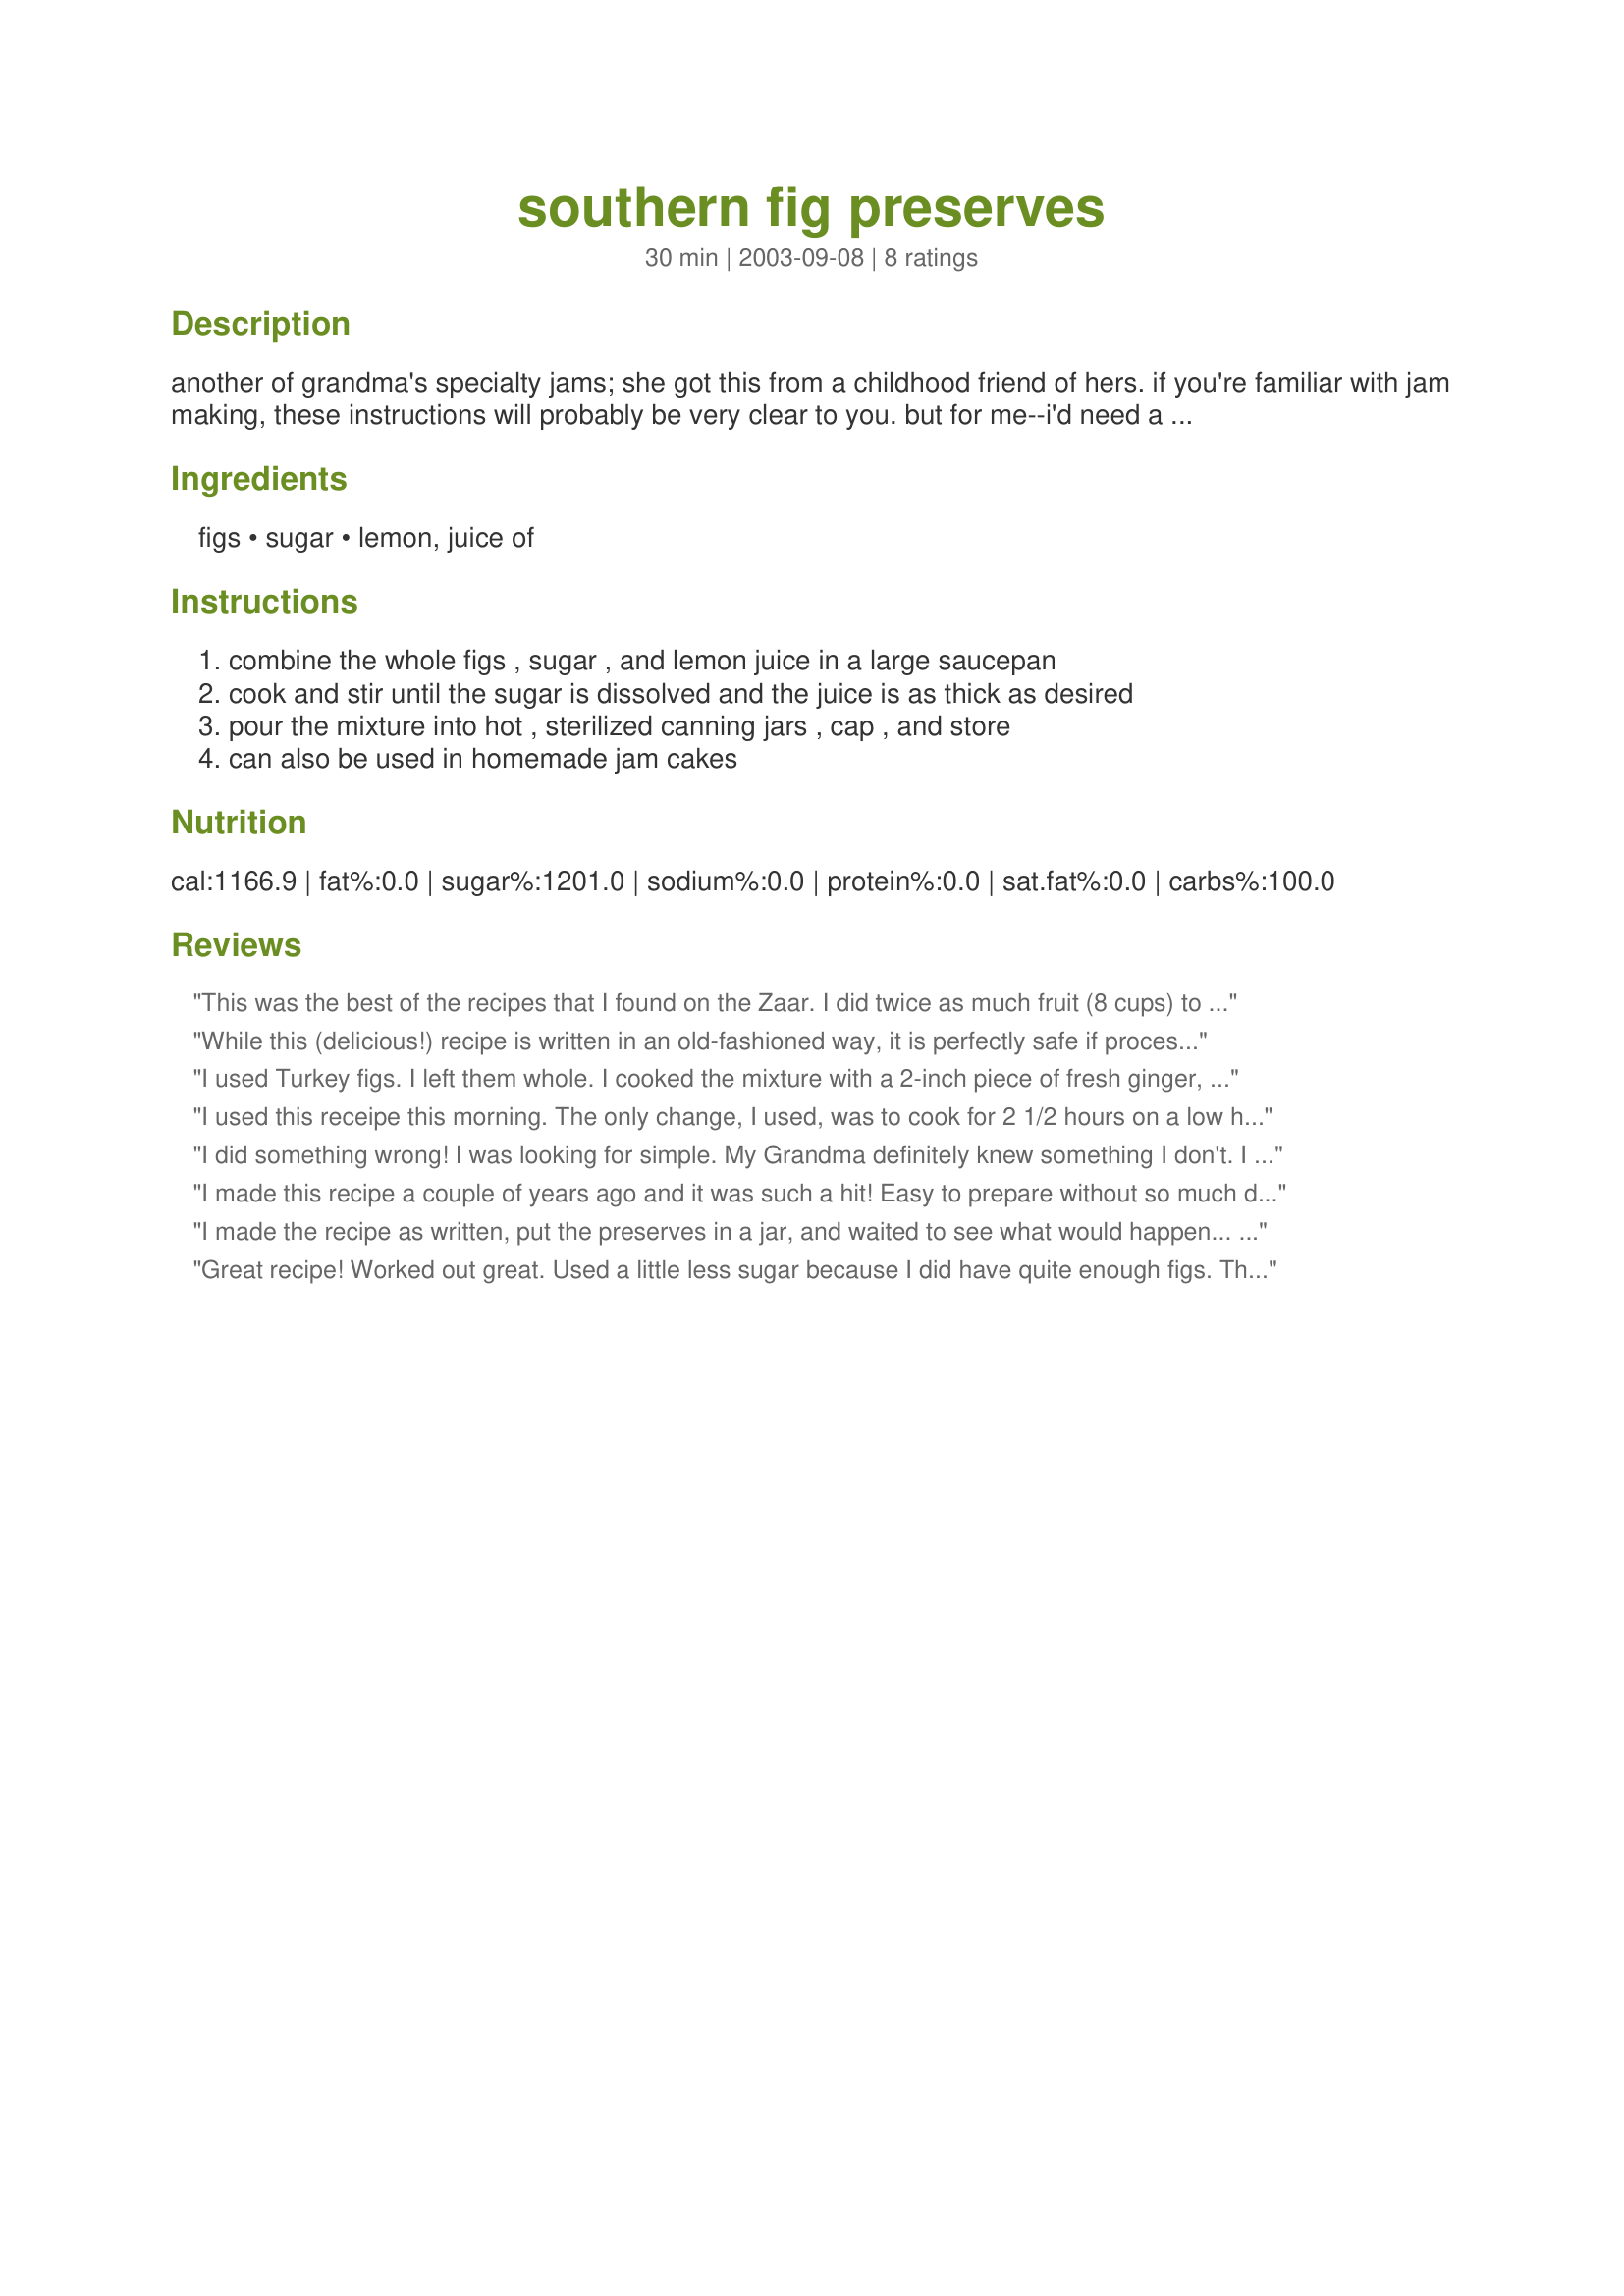
southern fig preserves
Preparation time: 30 minutes

another of grandma's specialty jams; she got this from a childhood friend of hers. if you're familiar with jam making, these instructions will probably be very clear to you. but for me--i'd need a book like "preserving for dummies":) i wonder if there is a book like that, and if there is, let me know!!!! *again, i'm estimating that prep time and cooking time are both the same--i'm not sure and the recipe doesn't say, so if you know, note me with times and i'll post them.*

Ingredients:
figs, sugar, lemon, juice of

Steps:
combine the whole figs , sugar , and lemon juice in a large saucepan, cook and stir until the sugar is dissolved and the juice is as thick as desired, pour the mixture into hot , sterilized canning jars , cap , and store, can also be used in homemade jam cakes

Reviews:
This was the best of the recipes that I found on the Zaar. I did twice as much fruit (8 cups) to sugar (4 cups), juice of one lemon and zest of half. I also used about 1/4 cup chopped candied ginger. I used a candy thermometer and waited until the jelly sheeted on the spoon. It was easy to make.
While this (delicious!) recipe is written in an old-fashioned way, it is perfectly safe if processed using modern methods. If you are unfamiliar with these techniques, please go to http://www.uga.edu/nchfp/how/can_home.html for the current information on processing homemade preserves for the safest possible product.
I used Turkey figs. I left them whole. I cooked the mixture with a 2-inch piece of fresh ginger, which I removed later. The liquid was a beautiful pink color. The preserves were fabulous. Working on 2nd batch now.
I used this receipe this morning. The only change, I used, was to cook for 2 1/2 hours on a low heat, low bubbling, and stirred real often. The consistency was just right, and it looks wonderful and tastes great!!
I did something wrong! I was looking for simple. My Grandma definitely knew something I don't. I have beautiful jars with fig syrup, not preserves.
I made this recipe a couple of years ago and it was such a hit! Easy to prepare without so much detail as you can see in the recipe. I give it a 5 star!
I made the recipe as written, put the preserves in a jar, and waited to see what would happen... thinking maaaaybe if the mixture cooled, it wouldn't be so soupy. Nope. Two days later it was still like figs in syrup. Another recipe said to put the preserves in a food processor after cooking. I didn't really want to do this, but also didn't want syrup for preserves. This did the trick! I processed them and cooked them for another few minutes. They thickened up perfectly! Delicious flavor :-) 3 stars just because I didn't really follow the rules! Otherwise, 5 stars.
Great recipe! Worked out great. Used a little less sugar because I did have quite enough figs. This was my first time attempting preserves!
